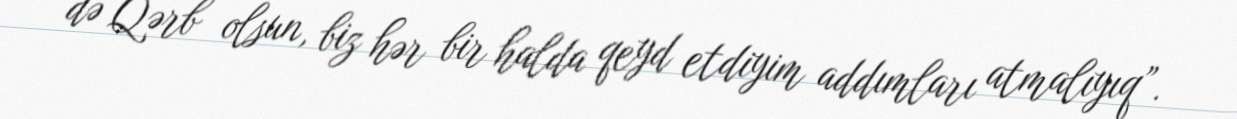
də Qərb olsun, biz hər bir halda qeyd etdiyim addımları atmalıyıq”.